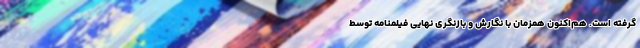
گرفته است. هم‌اکنون همزمان با نگارش و بازنگری نهایی فیلمنامه توسط